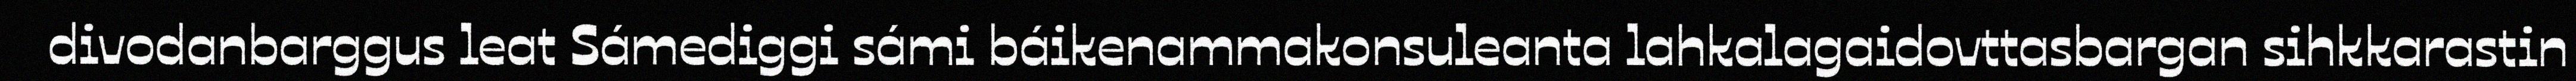
divodanbarggus leat Sámediggi sámi báikenammakonsuleanta lahkalagaidovttasbargan sihkkarastin